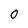
Character: 0